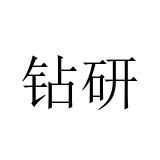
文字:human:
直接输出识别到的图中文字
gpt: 钻研